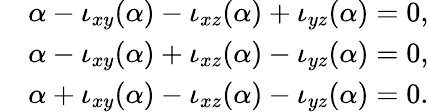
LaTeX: \begin{array}{rl}&{\alpha-\iota_{xy}(\alpha)-\iota_{xz}(\alpha)+\iota_{yz}(\alpha)=0,}\\ &{\alpha-\iota_{xy}(\alpha)+\iota_{xz}(\alpha)-\iota_{yz}(\alpha)=0,}\\ &{\alpha+\iota_{xy}(\alpha)-\iota_{xz}(\alpha)-\iota_{yz}(\alpha)=0.}\end{array}